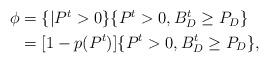
\begin{align*}\begin{aligned}\phi & = \{ | P_{}^t >0\} \{ P_{}^t >0, B_D^t \ge P_D \} \\ & = [1-p(P_{}^t)] \{ P_{}^t >0, B_D^t \ge P_D \},\end{aligned}\end{align*}